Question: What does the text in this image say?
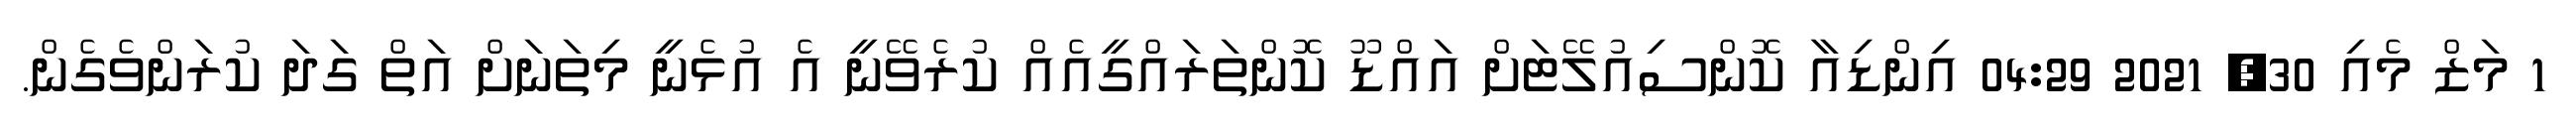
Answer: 1 މަޒް މެއި 30, 2021 04:29 އިންޑިއާ ކޮންސިއުލޭޓަށް އައްޑޫ ކޮންތަރައްގީއެއް ކުރެވޭނީ އެ އުޅެނީ މިތަނަށް އަތް ގަދަ ކުރަންވެގެން.